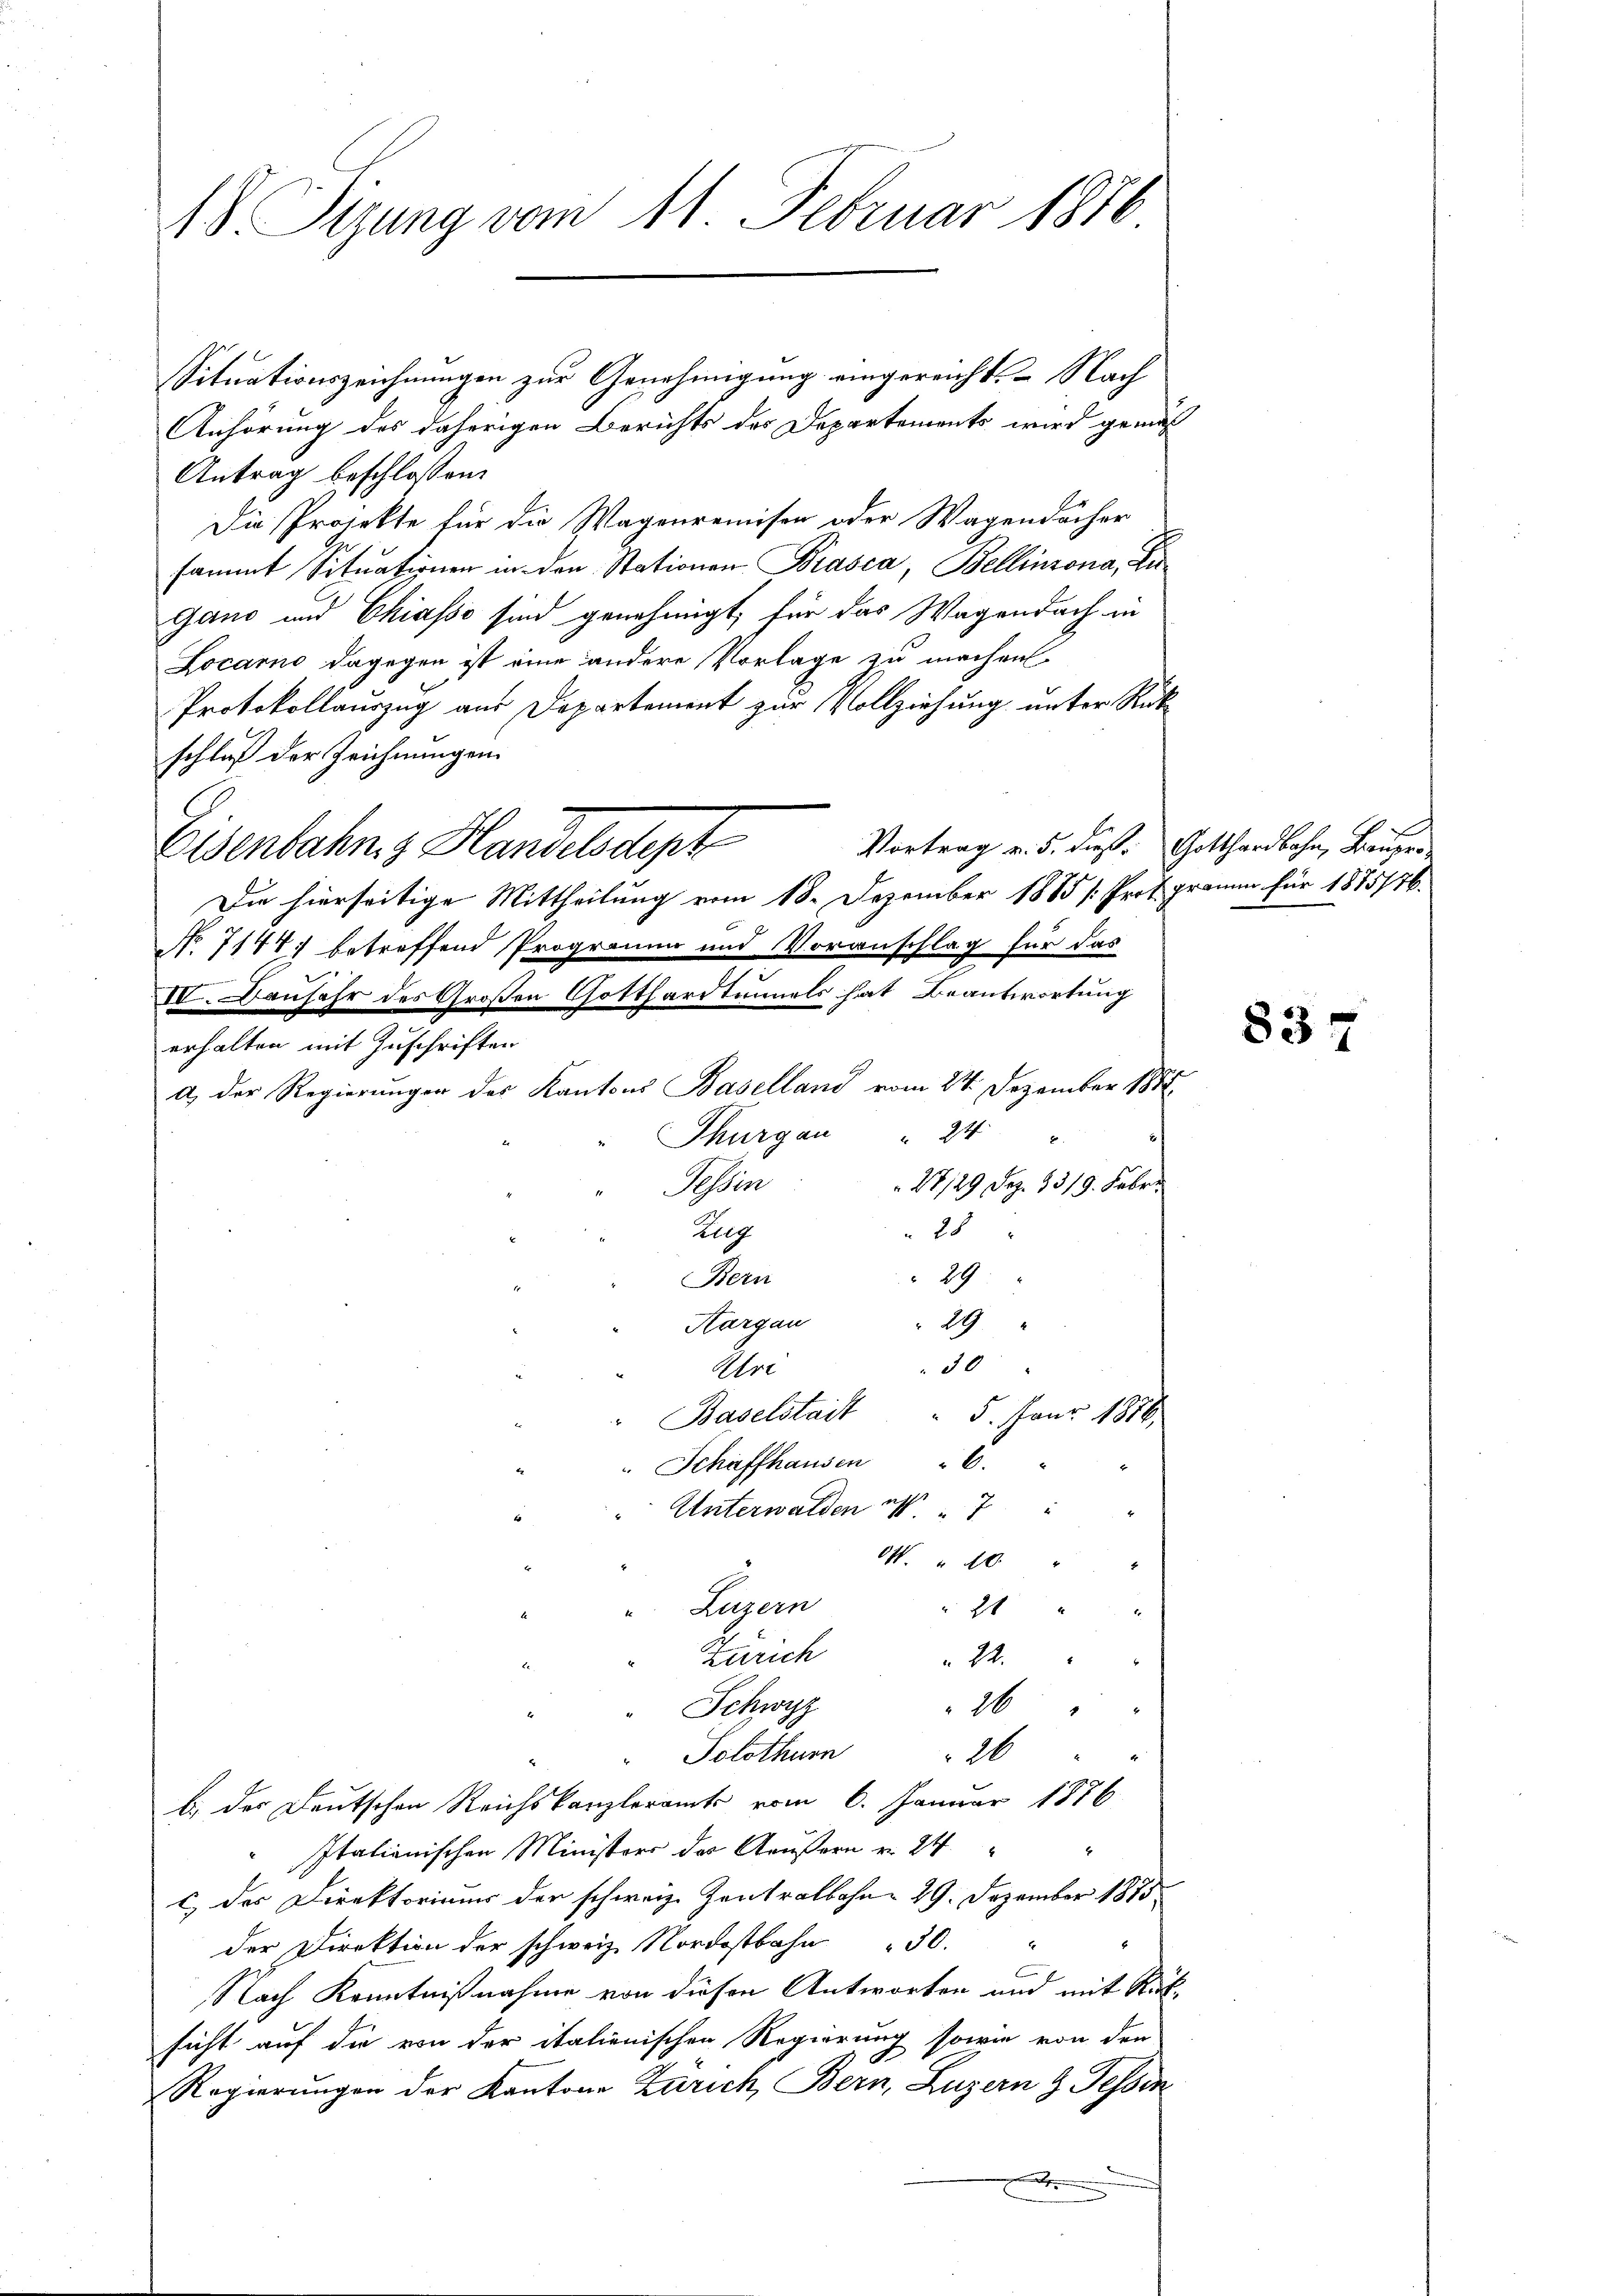
18 Sizung vom 11. Februar 1876

Situationszeichnungen zur Genehmigung eingereicht. – Nach
Anhörung des daherigen Berichts des Departements wird gemäß
Antrag beschlossen:
Die Projekte für die Wagenreinisten oder Wagendächer
sammt Sitŭationen in den Stationen Brasca, Bellinzona, Zu
gano und Chiasso sind genehmigt, für das Wagendach in
Locarno dagegen ist eine andere Vorlage zu machen
Protokollauszug aus Departement zur Vollziehung unter Rückschluß der Zeichnungen.
Vortrag v. 5. dieß: Gotthardbahn, Bauger
Eisenbahne Handelsdept
Die hierseitige Mittheilung vom 18. Dezember 1885 /: Prot. prome für 1875776.
No 7147) betreffend Programm und Voranschlag für das
IV. Beujahr des Großen Gotthardtunnels hat Beantwortung
erhalten mit Zuschriften
a) der Regierungen des Kantons Baselland vom 24. Dezember 1881.
Thurgau " 24
Fessen
28/29. Dez. 1319. Febr.
28
Zug
29
Bern
29
Hargau
50
Ure
Baselstait " 5. Janr. 1816.
l.
Schaffhausen
4
Unterwalden als 7
O. 40
Legern
21
Zürich
22.
Schwyz
26
16
Solothurn
b.) der Deutschen Reichskanzleramts vom 6. Januar 1886
Italienischen Ministers des Aeußern v. 24.
c des Direktoriums der schweiz. Zentralbahn 29. Dezember 1875
der Direktion der schweiz. Nordostbahn 50.
Nach Kenntnißnahme von diesen Antworten und mit Rüksicht auf die von der italienischen Regierung sowie von den
Regierŭngen der Kantone Zürich, Bern, Luzern z. Tessin
.

837